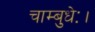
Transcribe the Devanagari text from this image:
चाम्बुधेः।